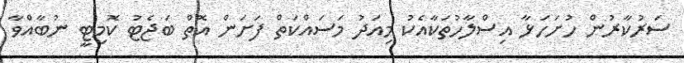
ސަރުކާރުން ހުށަހަޅާ އިސްލާހުތަކާއެކު މިއަދު މަސައްކަތް ފަށަން އޮތް ބަޖެޓު ކޮމިޓީ ނުބާއްވާ